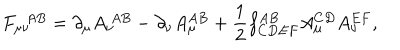
LaTeX: F _ { \mu \nu } ^ { ~ ~ A B } = \partial _ { \mu } A _ { \nu } ^ { ~ A B } - \partial _ { \nu } A _ { \mu } ^ { A B } + \frac { 1 } { 2 } f _ { C D E F } ^ { A B } A _ { \mu } ^ { C D } A _ { \nu } ^ { E F } ,